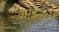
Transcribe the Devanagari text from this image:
कोइनार